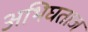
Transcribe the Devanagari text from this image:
अभिघताज